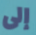
إلى